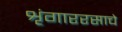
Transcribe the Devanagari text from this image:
शृंगाररसाचे